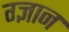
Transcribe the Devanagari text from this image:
ग्ज्ञान